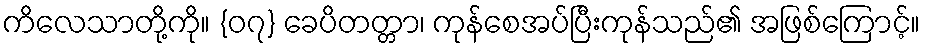
ကိလေသာတို့ကို။ {၀၇} ခေပိတတ္တာ၊ ကုန်စေအပ်ပြီးကုန်သည်၏ အဖြစ်ကြောင့်။